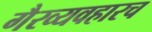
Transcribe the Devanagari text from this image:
गैरव्यवहारच